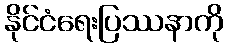
နိုင်ငံရေးပြဿနာကို